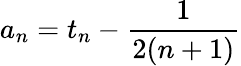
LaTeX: a_{n}=t_{n}-\frac{1}{2(n+1)}